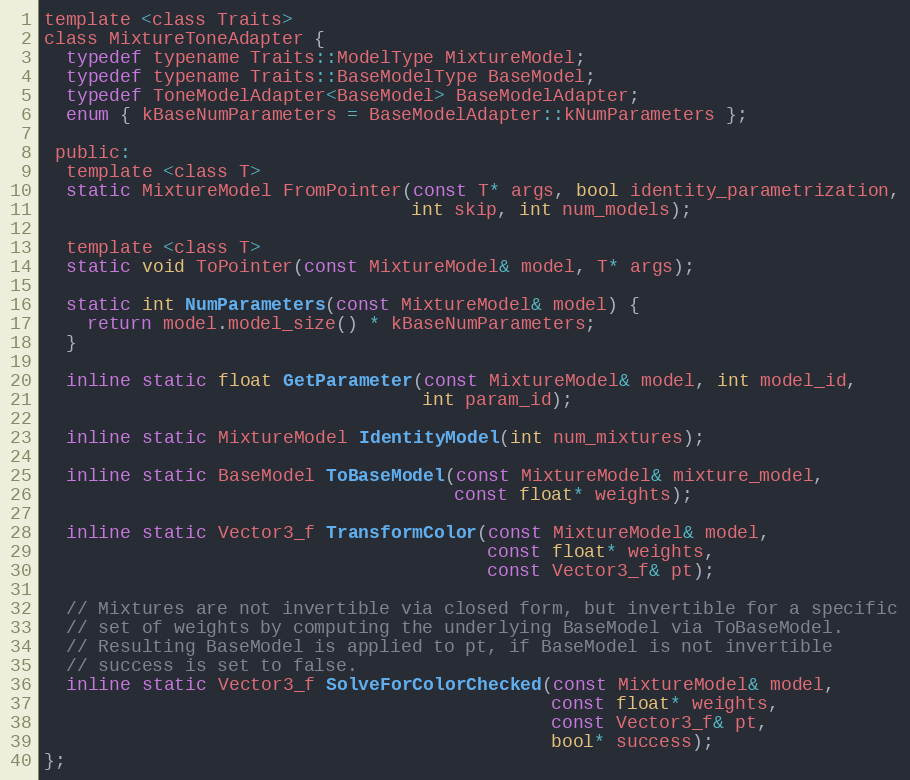
Language: C
template <class Traits>
class MixtureToneAdapter {
  typedef typename Traits::ModelType MixtureModel;
  typedef typename Traits::BaseModelType BaseModel;
  typedef ToneModelAdapter<BaseModel> BaseModelAdapter;
  enum { kBaseNumParameters = BaseModelAdapter::kNumParameters };

 public:
  template <class T>
  static MixtureModel FromPointer(const T* args, bool identity_parametrization,
                                  int skip, int num_models);

  template <class T>
  static void ToPointer(const MixtureModel& model, T* args);

  static int NumParameters(const MixtureModel& model) {
    return model.model_size() * kBaseNumParameters;
  }

  inline static float GetParameter(const MixtureModel& model, int model_id,
                                   int param_id);

  inline static MixtureModel IdentityModel(int num_mixtures);

  inline static BaseModel ToBaseModel(const MixtureModel& mixture_model,
                                      const float* weights);

  inline static Vector3_f TransformColor(const MixtureModel& model,
                                         const float* weights,
                                         const Vector3_f& pt);

  // Mixtures are not invertible via closed form, but invertible for a specific
  // set of weights by computing the underlying BaseModel via ToBaseModel.
  // Resulting BaseModel is applied to pt, if BaseModel is not invertible
  // success is set to false.
  inline static Vector3_f SolveForColorChecked(const MixtureModel& model,
                                               const float* weights,
                                               const Vector3_f& pt,
                                               bool* success);
};